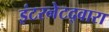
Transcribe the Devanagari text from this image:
इंटरनेटद्वारा